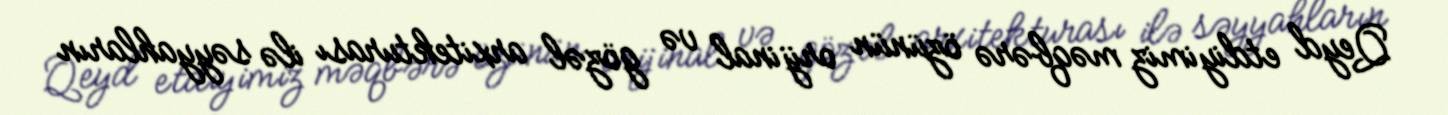
Qeyd etdiyimiz məqbərə özünün orijinal və gözəl arxitekturası ilə səyyahların